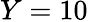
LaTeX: Y=10